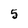
Character: 5